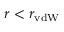
r < r _ { \mathrm { v d W } }